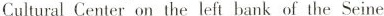
Cultural Center on the left bank of the Seine